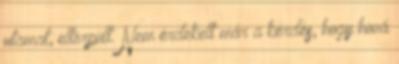
utamat, eltörpült. Nem érdekelt már a kérdés, hogy hová